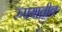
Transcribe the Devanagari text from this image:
रुपयातील